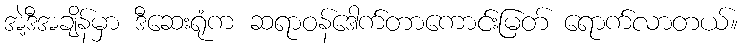
အဲ့ဒီအချိန်မှာ ဒီဆေးရုံက ဆရာဝန်ဒေါက်တာကောင်းမြတ် ရောက်လာတယ်။